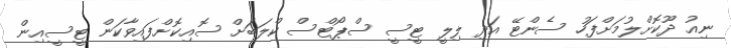
ނިއު ދޫކޮށްލުމަށްފަހު ސެންޓޭ އަދި ލިލީ ޓީސީ ސްޕޯޓްސް ކްލަބަށް ސޮއިކޮށްފައިވާކަން ޓީސީއިން